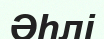
Әһлі